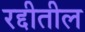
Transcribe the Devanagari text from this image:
रद्दीतील